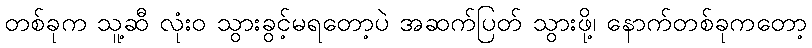
တစ်ခုက သူ့ဆီ လုံးဝ သွားခွင့်မရတော့ပဲ အဆက်ပြတ် သွားဖို့၊ နောက်တစ်ခုကတော့